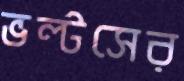
ভল্টসের